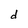
Character: d